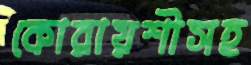
কোরায়শীসহ